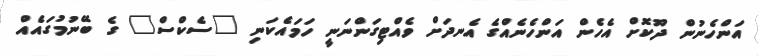
އަންހެނުން ދޫކޮށް އެހެން އަންހެނެއްގެ އެނދަށް ވެއްޓިގަންނަނީ ހަމައެކަނި "ސެކްސް" ގެ ބޭނުމުގައެއް